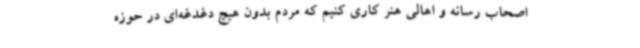
اصحاب رسانه و اهالی هنر کاری کنیم که مردم بدون هیچ دغدغه‌ای در حوزه